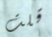
قلت